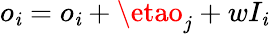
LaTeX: o_{\mathit{i}}=o_{\mathit{i}}+\etao_{j}+wI_{\mathit{i}}